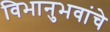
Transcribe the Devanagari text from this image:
विभानुभवांचे